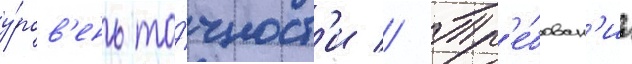
у́ров'ень то́чност'и // Тр'е́бован'иа